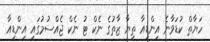
ހަޔާތް ކުޑަވާނެ އިންޑިއާ ތިޔާ ޒާތުގެ ނެކް ޓު ނެކް ޖެއްސުމުގައި އިންޑިއާ